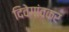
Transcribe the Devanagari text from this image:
दिवेगांवकर